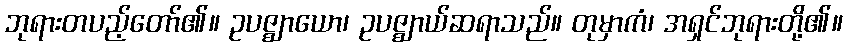
ဘုရားတပည့်တော်၏။ ဥပဇ္ဈာယော၊ ဥပဇ္ဈာယ်ဆရာသည်။ တုမှာကံ၊ အရှင်ဘုရားတို့၏။